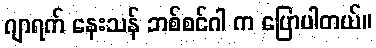
ဂျာရက် နေးသန် ဘစ်စင်ဂါ က ပြောပါတယ်။